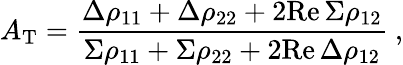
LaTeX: A_{\mathrm{T}}={\frac{\Delta\rho_{11}+\Delta\rho_{22}+2\mathrm{Re}\, \Sigma\rho_{12}}{\Sigma\rho_{11}+\Sigma\rho_{22}+2\mathrm{Re}\, \Delta\rho_{12}}}\ ,